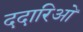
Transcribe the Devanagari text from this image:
ददारिओ